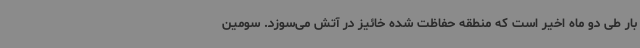
بار طی دو ماه اخیر است که منطقه حفاظت شده خائیز در آتش می‌سوزد. سومین